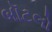
બૉટલો